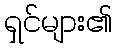
ရှင်များ၏